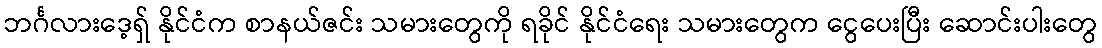
ဘင်္ဂလားဒေ့ရှ် နိုင်ငံက စာနယ်ဇင်း သမားတွေကို ရခိုင် နိုင်ငံရေး သမားတွေက ငွေပေးပြီး ဆောင်းပါးတွေ